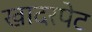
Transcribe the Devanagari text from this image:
खादरपेट